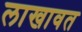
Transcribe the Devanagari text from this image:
लाखावत